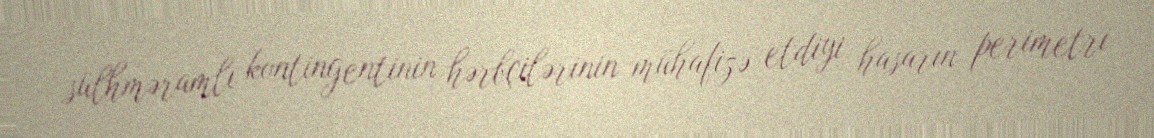
sülhməramlı kontingentinin hərbçilərinin mühafizə etdiyi hasarın perimetri